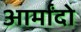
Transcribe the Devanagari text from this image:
आर्मांदो